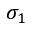
\sigma _ { 1 }